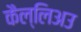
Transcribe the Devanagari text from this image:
कैल्लिअउ